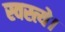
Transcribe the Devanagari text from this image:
स्वस्त्ये।